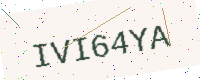
Text: IVI64YA